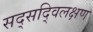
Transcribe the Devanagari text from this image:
सद्सद्विलक्षण